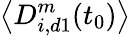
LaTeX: \left<D_{i,d1}^{m}(t_{0})\right>